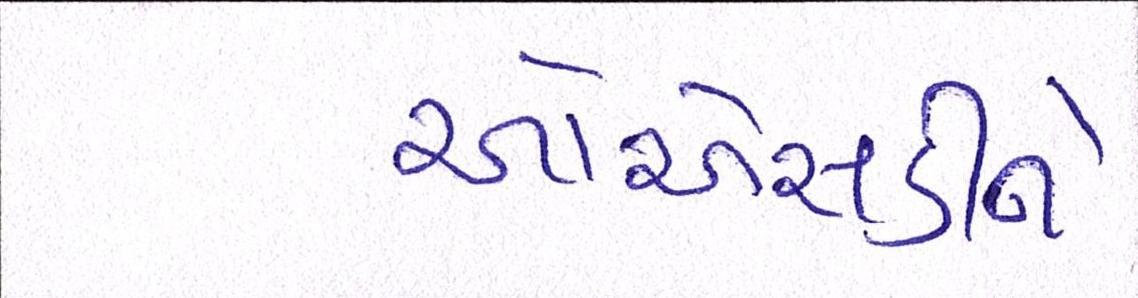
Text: ઓએસડીને